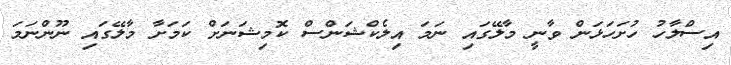
އިސްލާހު ހުށަހަޅަން ވާނީ މާލޭގައި ނަމަ އިލެކްޝަންސް ކޮމިޝަނަށް ކަމަށާ މާލޭގައި ނޫންނަމަ